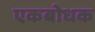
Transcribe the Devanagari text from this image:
एकबोधक